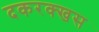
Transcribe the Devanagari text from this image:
दकरक्खस